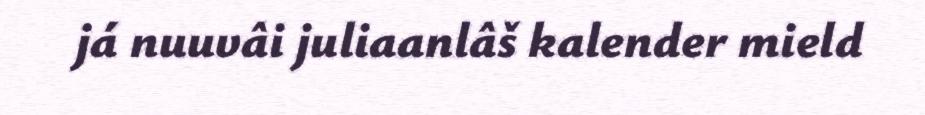
já nuuvâi juliaanlâš kalender mield